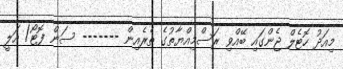
މިއަދު ހޮޓެލް ޖެންގައި ބޭއްވި ރަސްމިއްޔާތުގެ ތެރެއިން ------- ސަން ފޮޓޯ/ އަލީ